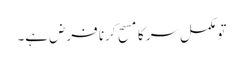
تو مکمل سر کا مسح کرنا فرض ہے۔